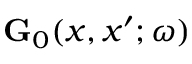
\ensuremath { \mathbf { G } } _ { 0 } ( x , x ^ { \prime } ; \omega )